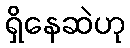
ရှိနေဆဲဟု